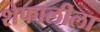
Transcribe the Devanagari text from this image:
शेफालीला